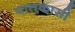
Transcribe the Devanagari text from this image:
पातकासी